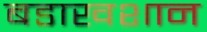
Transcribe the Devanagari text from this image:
बडाखशान